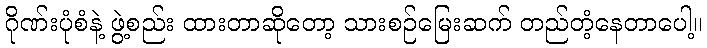
ဂိုဏ်းပုံစံနဲ့ ဖွဲ့စည်း ထားတာဆိုတော့ သားစဉ်မြေးဆက် တည်တံ့နေတာပေါ့။